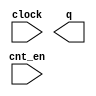
// megafunction wizard: %LPM_COUNTER%VBB%
// GENERATION: STANDARD
// VERSION: WM1.0
// MODULE: LPM_COUNTER 

// ============================================================
// Megafunction Name(s):
// 			LPM_COUNTER
//
// Simulation Library Files(s):
// 			lpm
// ============================================================
// ************************************************************
// THIS IS A WIZARD-GENERATED FILE. DO NOT EDIT THIS FILE!
//
// 18.1.0 Build 625 09/12/2018 SJ Lite Edition
// ************************************************************

//Copyright (C) 2018  Intel Corporation. All rights reserved.
//Your use of Intel Corporation's design tools, logic functions 
//and other software and tools, and its AMPP partner logic 
//functions, and any output files from any of the foregoing 
//(including device programming or simulation files), and any 
//associated documentation or information are expressly subject 
//to the terms and conditions of the Intel Program License 
//Subscription Agreement, the Intel Quartus Prime License Agreement,
//the Intel FPGA IP License Agreement, or other applicable license
//agreement, including, without limitation, that your use is for
//the sole purpose of programming logic devices manufactured by
//Intel and sold by Intel or its authorized distributors.  Please
//refer to the applicable agreement for further details.

module Counter25M (
	clock,
	cnt_en,
	q);

	input	  clock;
	input	  cnt_en;
	output	[25:0]  q;

endmodule

// ============================================================
// CNX file retrieval info
// ============================================================
// Retrieval info: PRIVATE: ACLR NUMERIC "0"
// Retrieval info: PRIVATE: ALOAD NUMERIC "0"
// Retrieval info: PRIVATE: ASET NUMERIC "0"
// Retrieval info: PRIVATE: ASET_ALL1 NUMERIC "1"
// Retrieval info: PRIVATE: CLK_EN NUMERIC "0"
// Retrieval info: PRIVATE: CNT_EN NUMERIC "1"
// Retrieval info: PRIVATE: CarryIn NUMERIC "0"
// Retrieval info: PRIVATE: CarryOut NUMERIC "0"
// Retrieval info: PRIVATE: Direction NUMERIC "0"
// Retrieval info: PRIVATE: INTENDED_DEVICE_FAMILY STRING "Cyclone V"
// Retrieval info: PRIVATE: ModulusCounter NUMERIC "0"
// Retrieval info: PRIVATE: ModulusValue NUMERIC "0"
// Retrieval info: PRIVATE: SCLR NUMERIC "0"
// Retrieval info: PRIVATE: SLOAD NUMERIC "0"
// Retrieval info: PRIVATE: SSET NUMERIC "0"
// Retrieval info: PRIVATE: SSET_ALL1 NUMERIC "1"
// Retrieval info: PRIVATE: SYNTH_WRAPPER_GEN_POSTFIX STRING "0"
// Retrieval info: PRIVATE: nBit NUMERIC "26"
// Retrieval info: PRIVATE: new_diagram STRING "1"
// Retrieval info: LIBRARY: lpm lpm.lpm_components.all
// Retrieval info: CONSTANT: LPM_DIRECTION STRING "UP"
// Retrieval info: CONSTANT: LPM_PORT_UPDOWN STRING "PORT_UNUSED"
// Retrieval info: CONSTANT: LPM_TYPE STRING "LPM_COUNTER"
// Retrieval info: CONSTANT: LPM_WIDTH NUMERIC "26"
// Retrieval info: USED_PORT: clock 0 0 0 0 INPUT NODEFVAL "clock"
// Retrieval info: USED_PORT: cnt_en 0 0 0 0 INPUT NODEFVAL "cnt_en"
// Retrieval info: USED_PORT: q 0 0 26 0 OUTPUT NODEFVAL "q[25..0]"
// Retrieval info: CONNECT: @clock 0 0 0 0 clock 0 0 0 0
// Retrieval info: CONNECT: @cnt_en 0 0 0 0 cnt_en 0 0 0 0
// Retrieval info: CONNECT: q 0 0 26 0 @q 0 0 26 0
// Retrieval info: GEN_FILE: TYPE_NORMAL Counter25M.v TRUE
// Retrieval info: GEN_FILE: TYPE_NORMAL Counter25M.inc TRUE
// Retrieval info: GEN_FILE: TYPE_NORMAL Counter25M.cmp TRUE
// Retrieval info: GEN_FILE: TYPE_NORMAL Counter25M.bsf TRUE
// Retrieval info: GEN_FILE: TYPE_NORMAL Counter25M_inst.v TRUE
// Retrieval info: GEN_FILE: TYPE_NORMAL Counter25M_bb.v TRUE
// Retrieval info: LIB_FILE: lpm